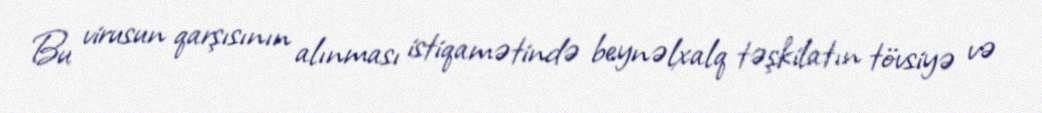
Bu virusun qarşısının alınması istiqamətində beynəlxalq təşkilatın tövsiyə və